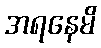
အရနေမိ